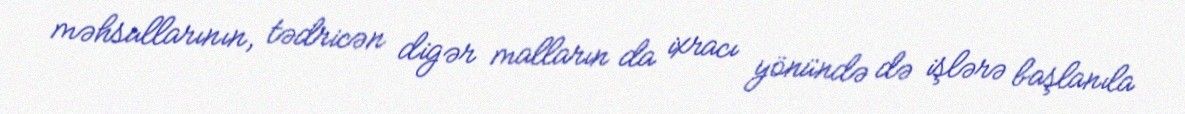
məhsullarının, tədricən digər malların da ixracı yönündə də işlərə başlanıla